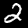
Label: 2